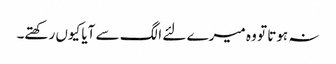
نہ ہوتا تو وہ میرے لئے الگ سے آیا کیوں رکھتے۔